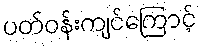
ပတ်ဝန်းကျင်ကြောင့်